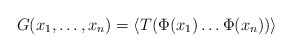
\begin{align*}G(x_1,\dots,x_n)=\langle T(\Phi(x_1)\dots\Phi(x_n))\rangle\end{align*}